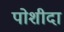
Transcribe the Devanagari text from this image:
पोशीदा